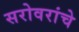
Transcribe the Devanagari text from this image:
सरोवरांचे